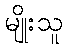
မျိုးသူ